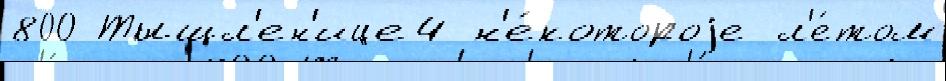
800 Тыщл'ен'ице4 н'е́котороjе л'е́том